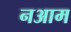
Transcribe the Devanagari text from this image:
नआम